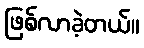
ဖြစ်လာခဲ့တယ်။